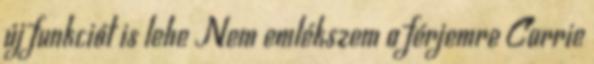
új funkciót is lehe Nem emlékszem a férjemre Carrie